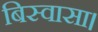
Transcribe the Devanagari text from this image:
बिस्वासा।